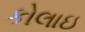
કોલાઇ